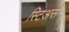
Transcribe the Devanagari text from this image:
स्टिअर्स